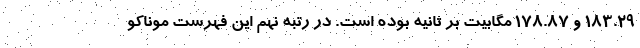
۱۸۳.۲۹ و ۱۷۸.۸۷ مگابیت بر ثانیه بوده است. در رتبه نهم این فهرست موناکو